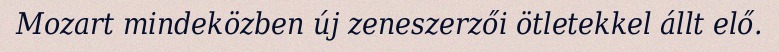
Mozart mindeközben új zeneszerzői ötletekkel állt elő.